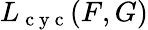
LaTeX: L_{\mathrm{~c~y~c~}}(F,G)